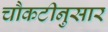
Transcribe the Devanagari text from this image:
चौकटीनुसार